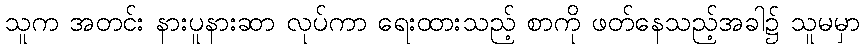
သူက အတင်း နားပူနားဆာ လုပ်ကာ ရေးထားသည့် စာကို ဖတ်နေသည့်အခါ၌ သူမမှာ